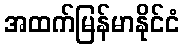
အထက်မြန်မာနိုင်ငံ